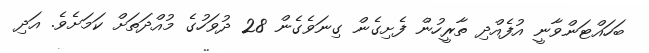
ބަހައްޓަންވާނީ އުފެއްދި ތާރީހުން ފެށިގެން ގިނަވެގެން 28 ދުވަހުގެ މުއްދަތަށް ކަމަށެވެ. އަދި